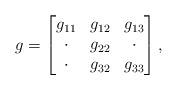
LaTeX: \begin{align*}g = \left[ \begin{matrix}g_{11} & g_{12} & g_{13} \\\cdot & g_{22} & \cdot \\\cdot & g_{32} & g_{33}\end{matrix} \right],\end{align*}